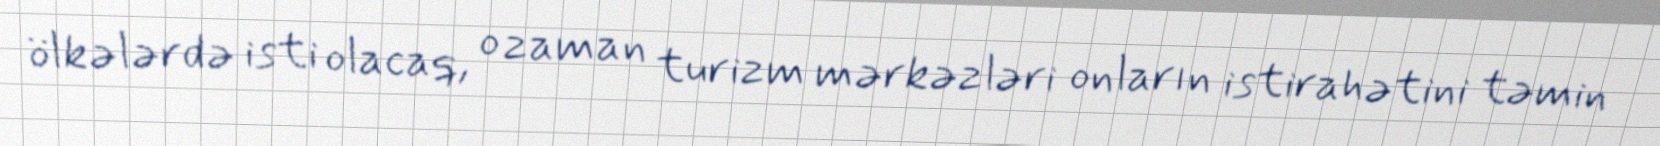
ölkələrdə isti olacaq, o zaman turizm mərkəzləri onların istirahətini təmin